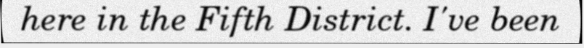
here in the Fifth District. I've been